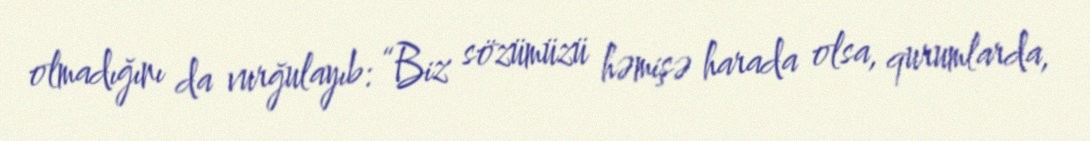
olmadığını da vurğulayıb: “Biz sözümüzü həmişə harada olsa, qurumlarda,